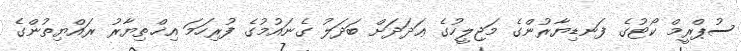
ސުޕްރީމް ކޯޓުގެ ފަނޑިޔާރުންގެ މަޖިލީހުގެ ޢަދަދަށް ބަދަލު ގެނައުމުގެ ފުރިހަމަ އިޚްތިޔާރު ރައްޔިތުންގެ